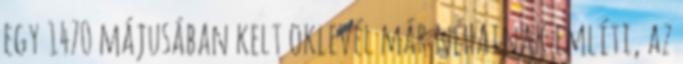
egy 1470 májusában kelt oklevél már néhainak említi, az